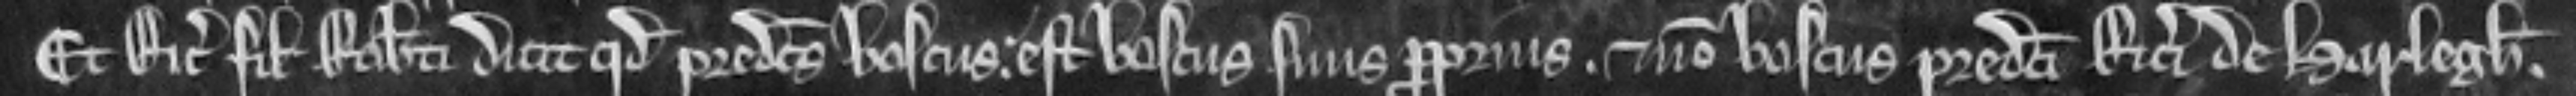
Et Ricardus filius Roberti dicit quod predictus boscus est boscus suus pro prius . et non boscus predicti Ricardi de Harlegh.